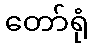
တော်ရုံ